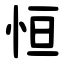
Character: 恒